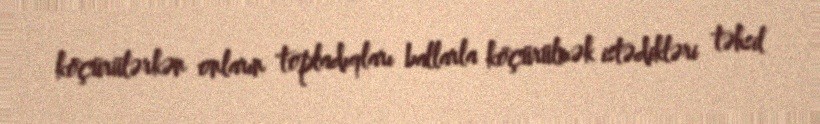
köçürülərkən onların topladıqları ballarla köçürülmək istədikləri təhsil